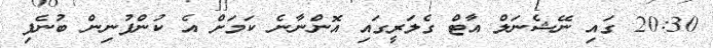
20:30 ގައި ނޭޝެނަލް އާޓް ގެލަރީގައި އޮންނާނެ ކަމަށް އެ ކުންފުނިން ބުނެފި